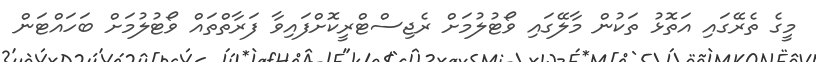
މީގެ ތެރޭގައި އަތޮޅު ތަކުން މާލޭގައި ވޯޓުލުމަށް ރެޖިސްޓްރީކޮށްފައިވާ ފަރާތްތައް ވޯޓުލުމަށް ބަހައްޓަން